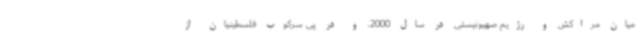
میان مراکش و رژیم صهیونیستی در سال 2000، و در پی سرکوب فلسطینیان از